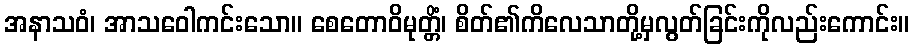
အနာသဝံ၊ အာသဝေါကင်းသော။ စေတောဝိမုတ္တိံ၊ စိတ်၏ကိလေသာတို့မှလွတ်ခြင်းကိုလည်းကောင်း။